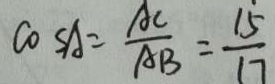
\cos A = \frac { A C } { A B } = \frac { 1 5 } { 1 7 }